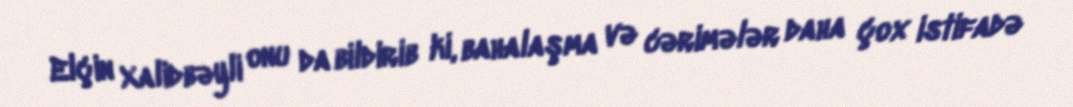
Elçin Xalidbəyli onu da bildirib ki, bahalaşma və cərimələr daha çox istifadə